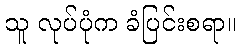
သူ လုပ်ပုံက ခံပြင်းစရာ။